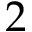
2